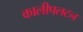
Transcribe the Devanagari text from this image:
कालीपलटन